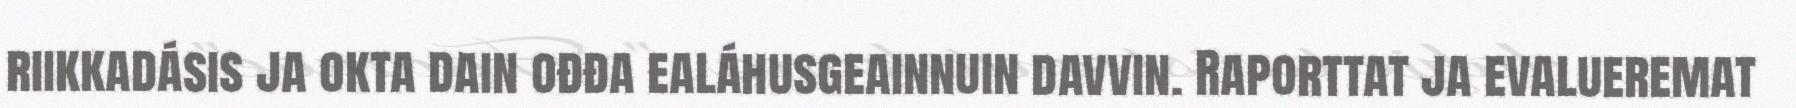
riikkadásis ja okta dain ođđa ealáhusgeainnuin davvin. Raporttat ja evalueremat